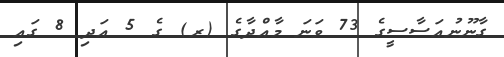
ގާނޫނުއަސާސީގެ 73 ވަނަ މާއްދާގެ (ރ) ގެ 5 އަދި 8 ގައި